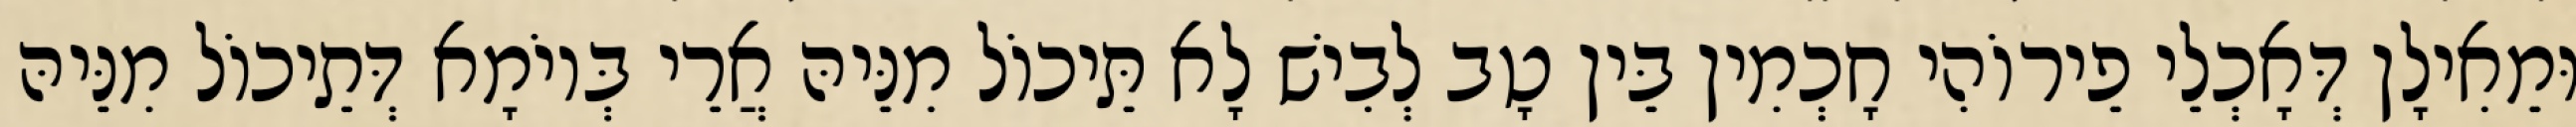
וּמֵאִילָן דְּאָכְלֵי פֵירוֹהִי חָכְמִין בֵּין טָב לְבִישׁ לָא תֵּיכוֹל מִנֵּיהּ אֲרֵי בְּיוֹמָא דְּתֵיכוֹל מִנֵּיהּ